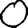
Digit: 0